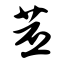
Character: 苤